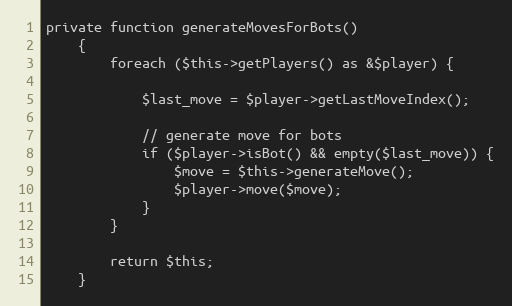
Language: PHP
private function generateMovesForBots()
    {
        foreach ($this->getPlayers() as &$player) {

            $last_move = $player->getLastMoveIndex();

            // generate move for bots
            if ($player->isBot() && empty($last_move)) {
                $move = $this->generateMove();
                $player->move($move);
            }
        }

        return $this;
    }